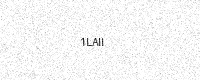
Text: 1LAII